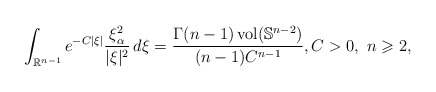
\begin{align*} \int_{\mathbb{R}^{n-1}}e^{-C|\xi|} \frac{\xi_{\alpha}^2}{|\xi|^2} \,d\xi = \frac{\Gamma(n-1)\operatorname{vol}(\mathbb{S}^{n-2})}{(n-1)C^{n-1}},C>0,\ n\geqslant 2,\end{align*}